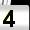
Digit: 4